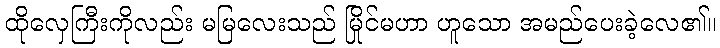
ထိုလှေကြီးကိုလည်း မမြလေးသည် မြိုင်မဟာ ဟူသော အမည်ပေးခဲ့လေ၏။